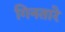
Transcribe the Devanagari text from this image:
गिनतारे